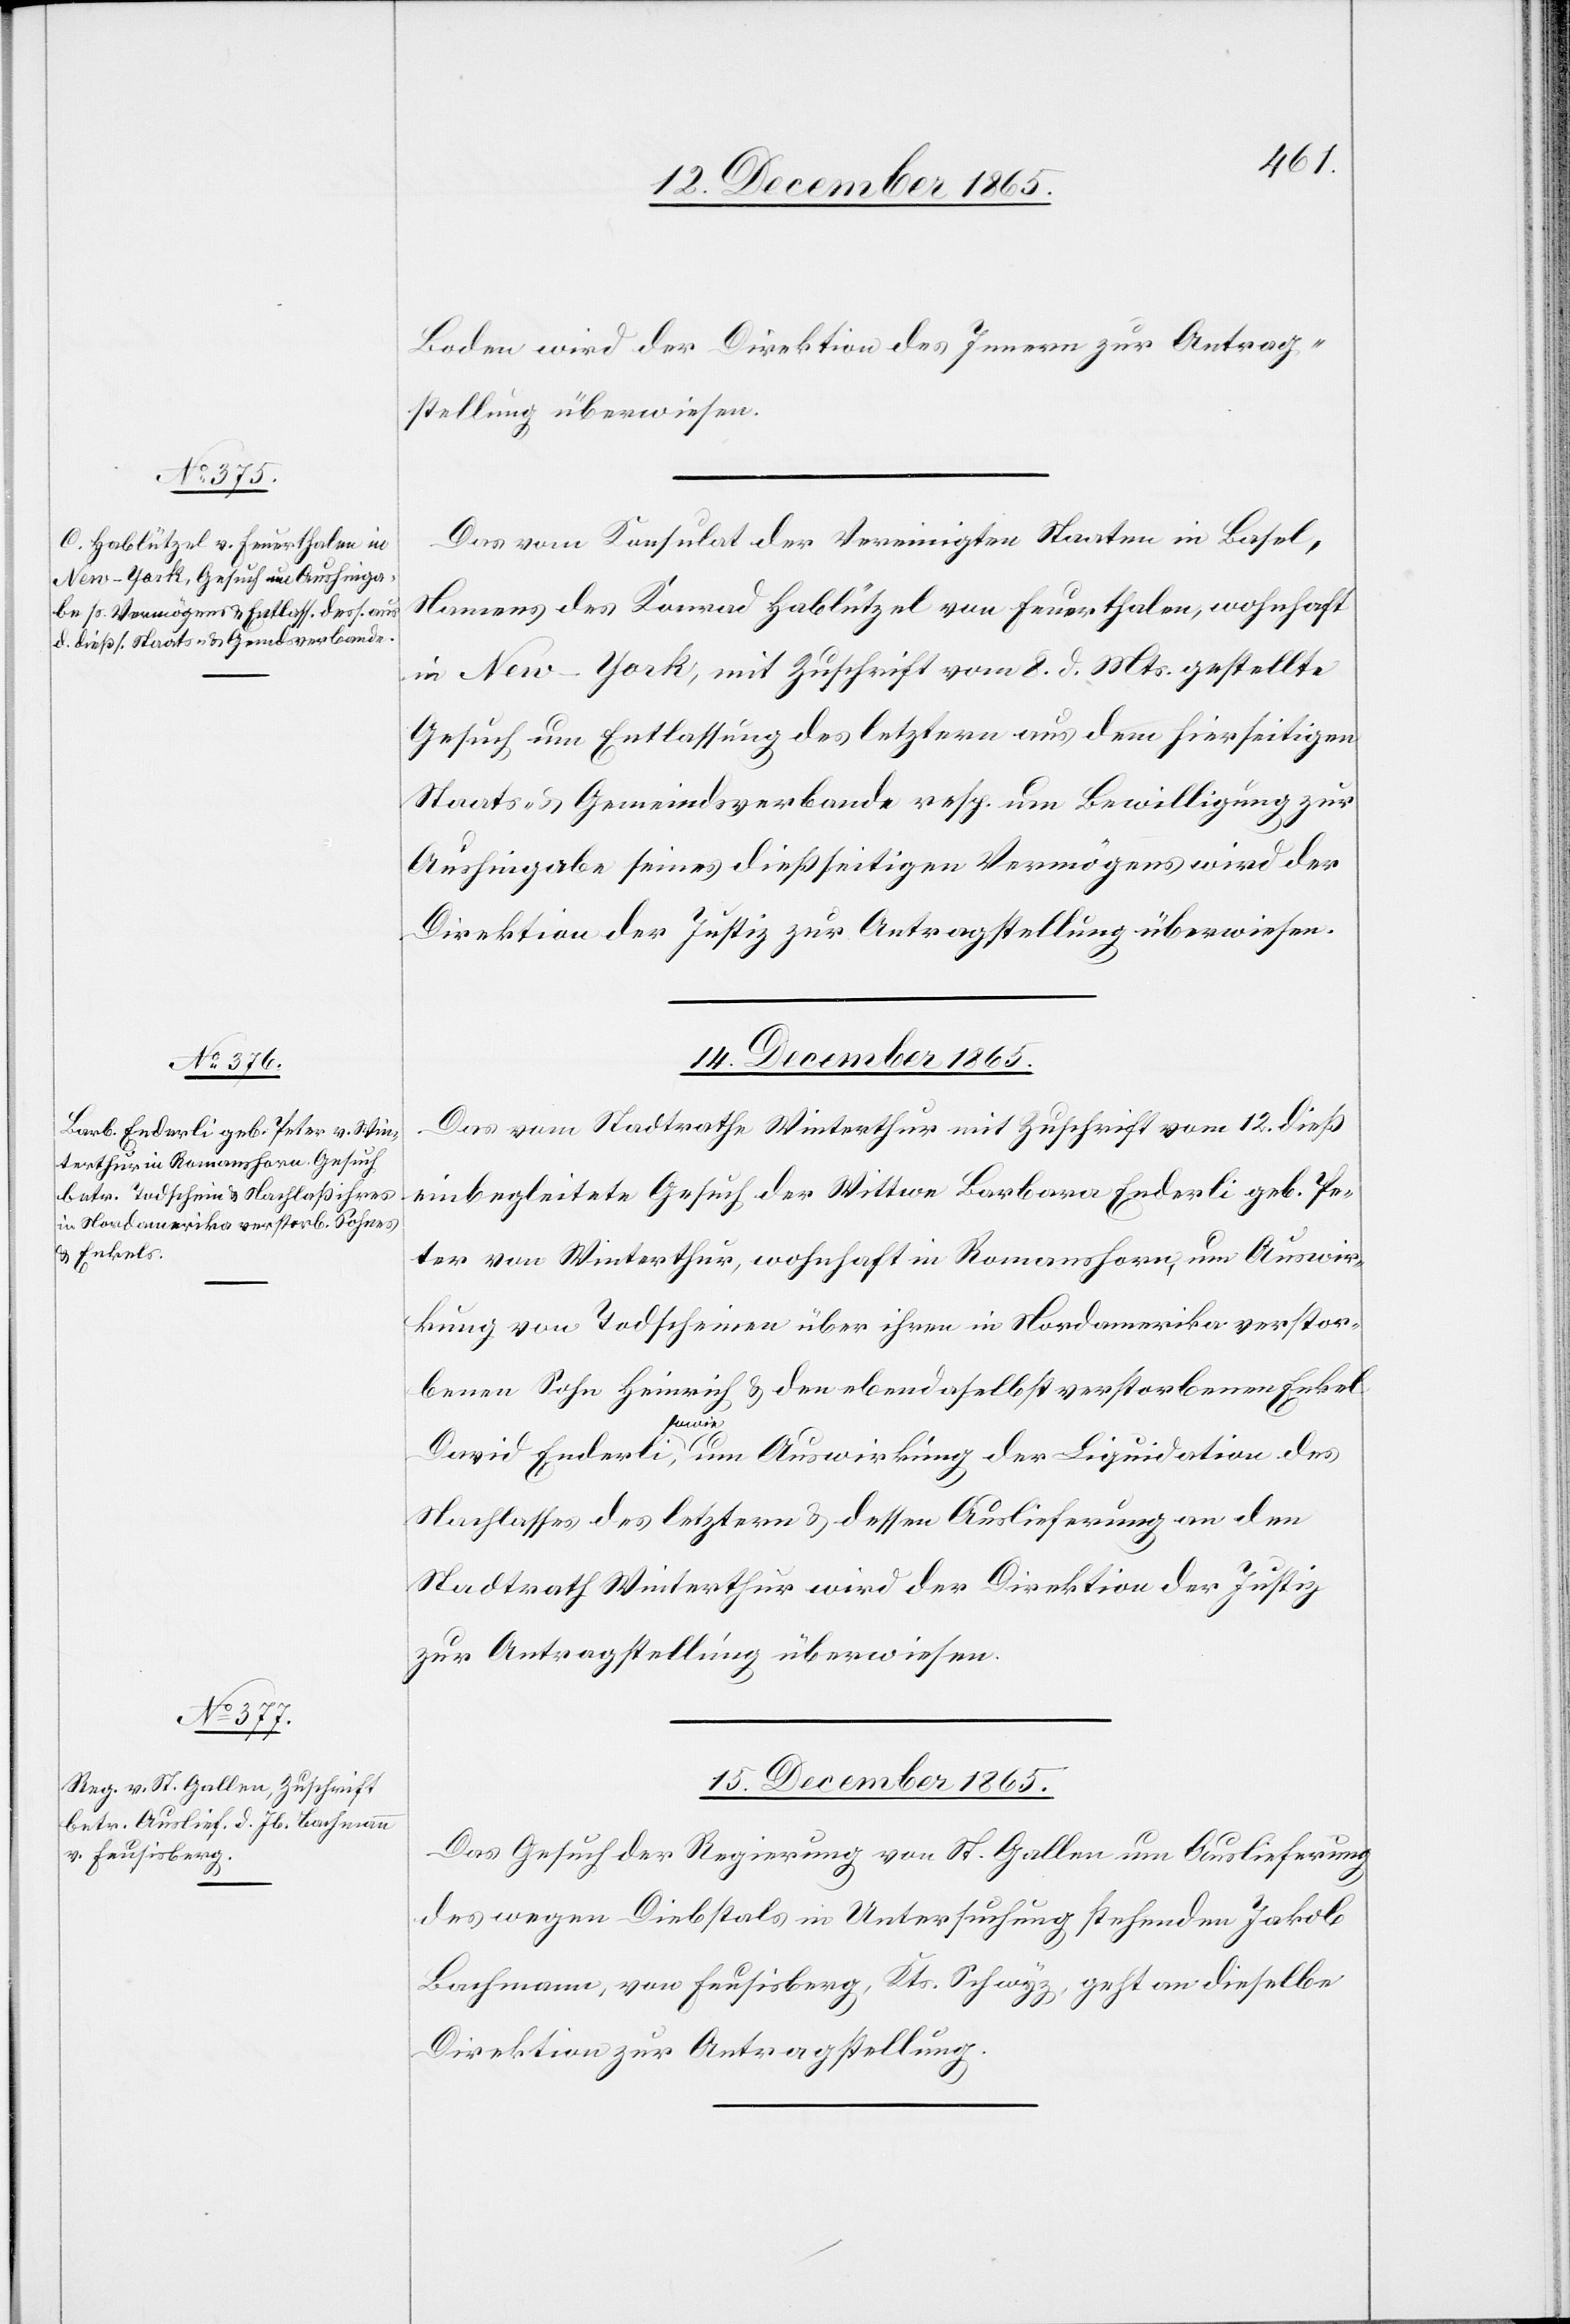
13. December 1865.]
Boden wird der Direktion des Innern zur Antrag¬
stellung überwiesen.
Das vom Konsulat der Vereinigten Staaten in Basel,
Namens des Konrad [sic!] Hablützel von Feuerthalen, wohnhaft
in New-York, mit Zuschrift vom 8. d. Mts. gestellte
Gesuch um Entlassung des letztern aus dem hierseitigen
Staats- & Gemeindsverbande resp. um Bewilligung zur
Aushingabe seines dießseitigen Vermögens wird der
Direktion der Justiz zur Antragstellung überwiesen.
14. December 1865.
Das vom Stadtrathe Winterthur mit Zuschrift vom 12. dieß
einbegleitete Gesuch der Wittwe Barbara Enderli geb. Pe¬
ter von Winterthur, wohnhaft in Romanshorn, um Auswir¬
kung von Todscheinen über ihren in Nordamerika verstor¬
benen Sohn Heinrich & den ebendaselbst verstorbenen Enkel
David, a-sowie-a um Auswirkung der Liquidation des
Nachlasses des letztern & dessen Auslieferung an den
Stadtrath Winterthur wird der Direktion der Justiz
zur Antragstellung überwiesen.
15. December 1865.
Das Gesuch der Regierung von St. Gallen um Auslieferung
des wegen Diebstals in Untersuchung stehenden Jakob
Bachmann, von Feusisberg, Kts. Schwyz, geht an dieselbe
Direktion zur Antragstellung.